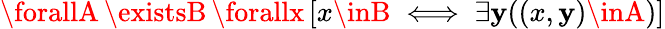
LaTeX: \forallA\, \existsB\, \forallx\, [x\inB\iff\exists\mathbf{y}((x,\mathbf{y})\inA)]